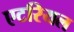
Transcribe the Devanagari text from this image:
एटरियल